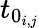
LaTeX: t_{0_{i,j}}